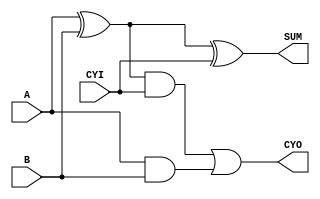

module full_adder(A, B, CYI, SUM, CYO);
    input   A;
    input   B;
    input   CYI;
    output  SUM;
    output  CYO;
        
    wire    A_XOR_B;
    
    assign A_XOR_B = A ^ B;
    assign SUM = (A_XOR_B) ^ CYI;
    assign CYO = ((A_XOR_B) & CYI) | (A & B);
    
endmodule